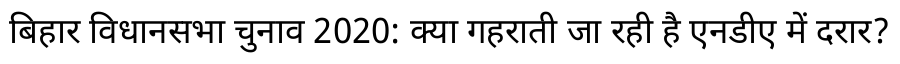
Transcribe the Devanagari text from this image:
बिहार विधानसभा चुनाव 2020: क्या गहराती जा रही है एनडीए में दरार?